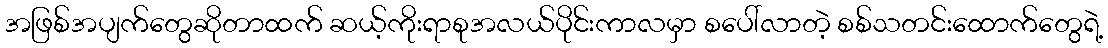
အဖြစ်အပျက်တွေဆိုတာထက် ဆယ့်ကိုးရာစုအလယ်ပိုင်းကာလမှာ စပေါ်လာတဲ့ စစ်သတင်းထောက်တွေရဲ့